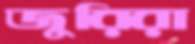
জুরিরা